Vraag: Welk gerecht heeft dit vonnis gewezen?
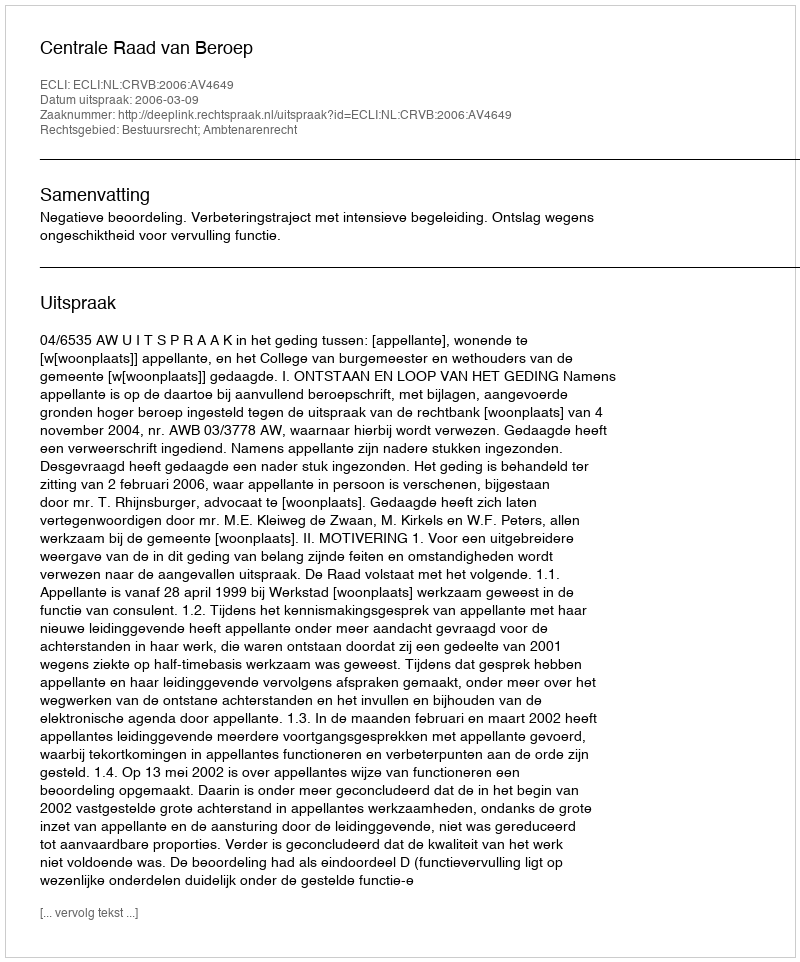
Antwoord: Centrale Raad van Beroep